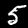
Label: 5